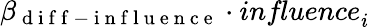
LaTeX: \beta_{\mathrm{~d~i~f~f~-~i~n~f~l~u~e~n~c~e~}}\cdot\textit{influence}_{i}